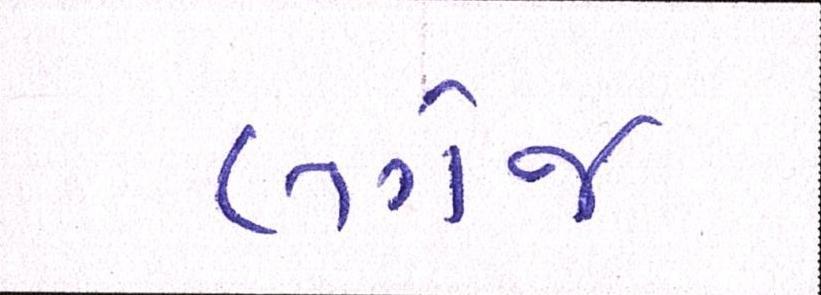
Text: લગેજ